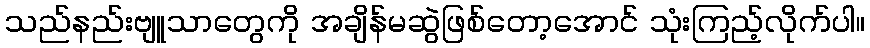
သည်နည်းဗျူသာတွေကို အချိန်မဆွဲဖြစ်တော့အောင် သုံးကြည့်လိုက်ပါ။